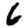
Digit: 6